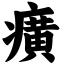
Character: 癀